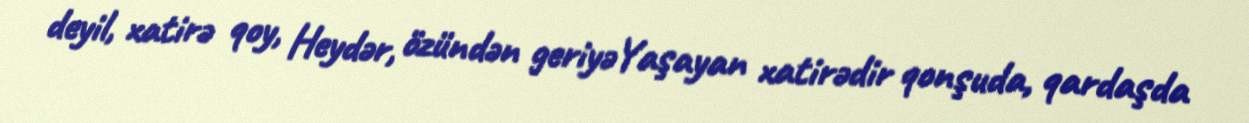
deyil, xatirə qoy, Heydər, özündən geriyəYaşayan xatirədir qonşuda, qardaşda